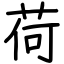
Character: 荷